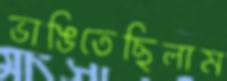
ভাঙিতেছিলাম